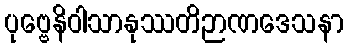
ပုဗ္ဗေနိဝါသာနုဿတိဉာဏဒေသနာ